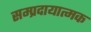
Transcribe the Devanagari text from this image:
सम्प्रदायात्मक